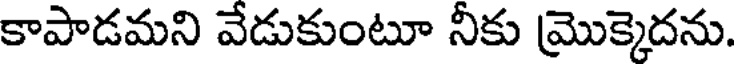
కాపాడమని వేడుకుంటూ నీకు మొక్కెదను.